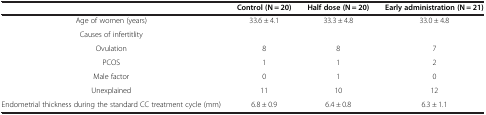
|  | Control (N = 20) | Half dose (N = 20) | Early administration (N = 21) |
 | --- | --- | --- | --- |
 | Age of women (years) | 33.6 ± 4.1 | 33.3 ± 4.8 | 33.0 ± 4.8 |
 | Causes of infertitlity |  |  |  |
 | Ovulation | 8 | 8 | 7 |
 | PCOS | 1 | 1 | 2 |
 | Male factor | 0 | 1 | 0 |
 | Unexplained | 11 | 10 | 12 |
 | Endometrial thickness during the standard CC treatment cycle (mm) | 6.8 ± 0.9 | 6.4 ± 0.8 | 6.3 ± 1.1 |